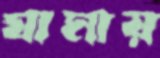
ঘামায়